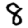
Digit: 8